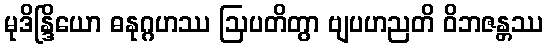
မုဒိန္ဒြိယော ဓနုဂ္ဂဟဿ ဩပတိတွာ ဗျပဟညတိ ဝိဘဇန္တဿ